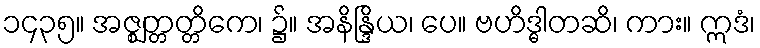
၁၄၃၅။ အဇ္ဈတ္တတ္တိကေ၊ ၌။ အနိန္ဒြိယ၊ ပေ။ ဗဟိဒ္ဓါတဆိ၊ ကား။ ဣဒံ၊